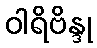
ဝါရိဗိန္ဒု